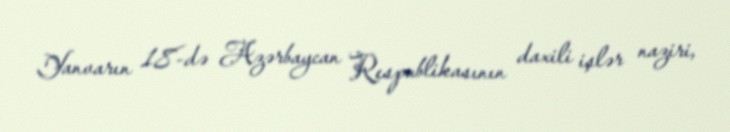
Yanvarın 18-də Azərbaycan Respublikasının daxili işlər naziri,